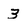
Character: 3